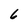
Character: 6